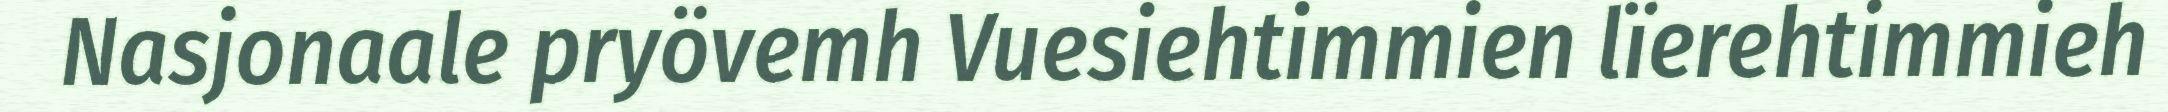
Nasjonaale pryövemh Vuesiehtimmien lïerehtimmieh